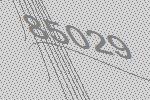
85029